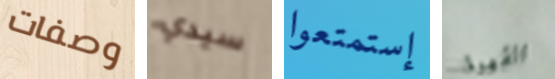
وصفات سيدي إستمتعوا القهوة